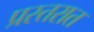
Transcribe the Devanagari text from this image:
प्रस्तरात